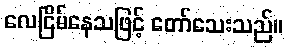
လေငြိမ်နေသဖြင့် တော်သေးသည်။